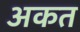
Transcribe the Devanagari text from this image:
अकत